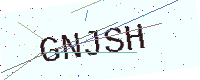
Text: GNJSH